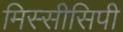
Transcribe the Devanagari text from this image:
मिस्सीसिपी